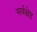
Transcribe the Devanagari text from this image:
सर्वक्षेष्ठ